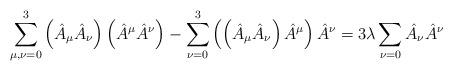
LaTeX: \begin{align*}\sum^3_{\mu , \nu = 0} \left( \hat{A}_\mu \hat{A}_\nu \right) \left( \hat{A}^\mu \hat{A}^\nu \right ) - \sum^3_{\nu = 0} \left( \left( \hat{A}_\mu \hat{A}_\nu \right) \hat{A}^\mu \right ) \hat{A}^\nu = 3 \lambda \sum_{\nu = 0} \hat A_\nu \hat A^\nu \end{align*}